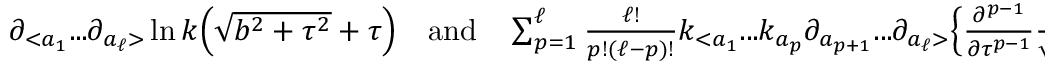
\begin{array} { r } { \partial _ { < a _ { 1 } } . . . \partial _ { a _ { \ell } > } \ln k \Big ( { \sqrt { b ^ { 2 } + \tau ^ { 2 } } + \tau } \Big ) ~ ~ ~ \mathrm { a n d } ~ ~ ~ \sum _ { p = 1 } ^ { \ell } \frac { \ell ! } { p ! ( \ell - p ) ! } k _ { < a _ { 1 } } . . . k _ { a _ { p } } \partial _ { a _ { p + 1 } } . . . \partial _ { a _ { \ell } > } \Big \{ \frac { \partial ^ { p - 1 } } { \partial \tau ^ { p - 1 } } \frac { 1 } { \sqrt { b ^ { 2 } + \tau ^ { 2 } } } \Big \} . } \end{array}